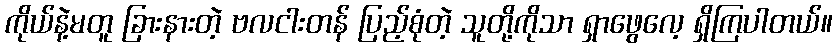
ကိုယ်နဲ့မတူ ခြားနားတဲ့ ဗလငါးတန် ပြည့်စုံတဲ့ သူတို့ကိုသာ ရှာဖွေလေ့ ရှိကြပါတယ်။